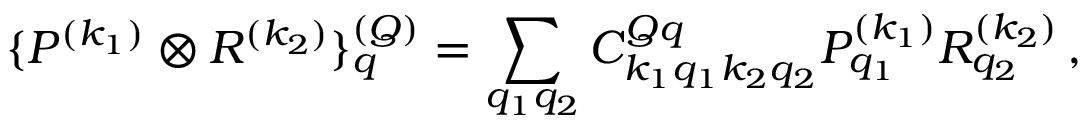
\{ P ^ { ( k _ { 1 } ) } \otimes { R ^ { ( k _ { 2 } ) } } \} _ { q } ^ { ( Q ) } = \sum _ { q _ { 1 } q _ { 2 } } C _ { k _ { 1 } q _ { 1 } k _ { 2 } q _ { 2 } } ^ { Q q } P _ { q _ { 1 } } ^ { ( k _ { 1 } ) } R _ { q _ { 2 } } ^ { ( k _ { 2 } ) } \, ,